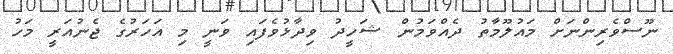
ނޫސްވެރިންނަށް މައުލޫމާތު ދެއްވަމުން ޝަހީދު ވިދާޅުވެފައި ވަނީ މި އަހަރުގެ ޖެނުއަރީ މަހު